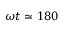
\omega t \simeq 1 8 0